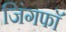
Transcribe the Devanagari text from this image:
जिंगफाॅ